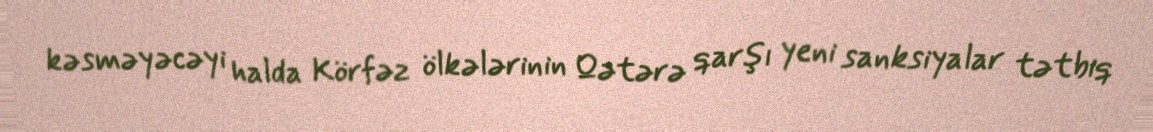
kəsməyəcəyi halda Körfəz ölkələrinin Qətərə qarşı yeni sanksiyalar tətbiq